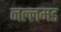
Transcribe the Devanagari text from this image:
नल्लमड